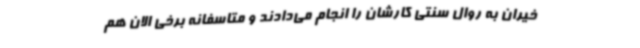
خیران به روال سنتی کارشان را انجام می‌دادند و متاسفانه برخی الان هم